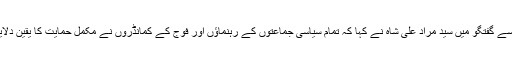
میڈیا سے گفتگو میں سید مراد علی شاہ نے کہا کہ تمام سیاسی جماعتوں کے رہنماؤں اور فوج کے کمانڈروں نے مکمل حمایت کا یقین دلایا ہے۔